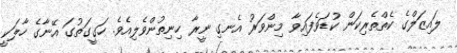
ލައިޒަލްގެ ކެތްތެރިކަން ކުޑަވެފައިވާ މިންވަރު އެނގި ނީރާ ހިނިތުންވެލިއެވެ. ހަގީގަތުގަ އޭނާގެ ހާލަކީ